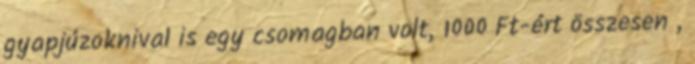
gyapjúzoknival is egy csomagban volt, 1000 Ft-ért összesen ,